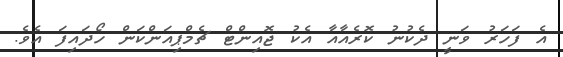
އެ ފަހަރު ވަނީ ދެކުނު ކޮރެއާއާ އެކު ޖޮއިންޓް ޗެމްޕިއަންކަން ހޯދައިފަ އެވެ.